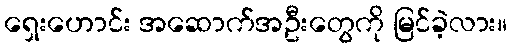
ရှေးဟောင်း အဆောက်အဦးတွေကို မြင်ခဲ့လား။